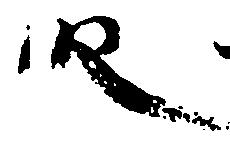
段